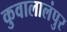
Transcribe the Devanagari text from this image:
कुवालालंपुर